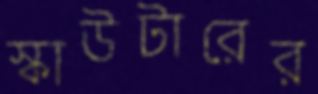
স্কাউটারের